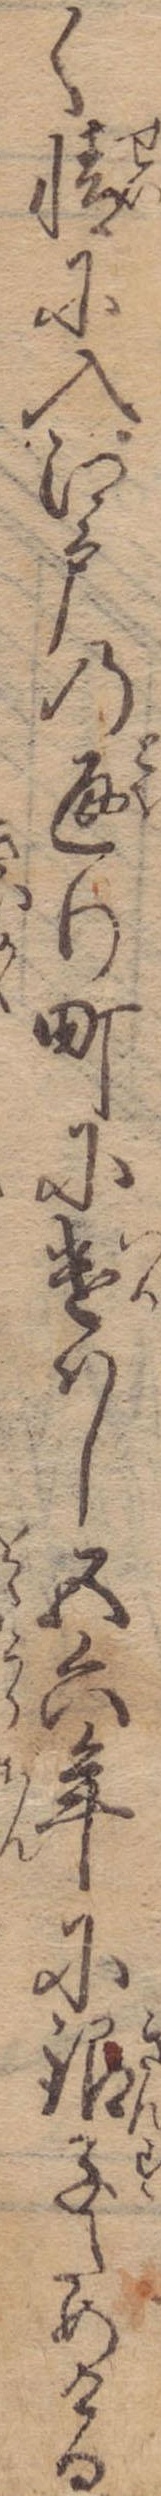
く情に入江戸の通り町に遣はし五六年に銀子ためける